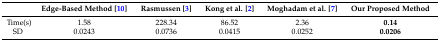
<table><thead><tr><td></td><td><b>Edge-Based Method [10]</b></td><td><b>Rasmussen [3]</b></td><td><b>Kong et al. [2]</b></td><td><b>Moghadam et al. [7]</b></td><td><b>Our Proposed Method</b></td></tr></thead><tbody><tr><td>Time(s)</td><td>1.58</td><td>228.34</td><td>86.52</td><td>2.36</td><td><b>0.14</b></td></tr><tr><td>SD</td><td>0.0243</td><td>0.0736</td><td>0.0415</td><td>0.0252</td><td><b>0.0206</b></td></tr></tbody></table>